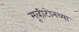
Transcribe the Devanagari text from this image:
मूव्हीटोनच्या